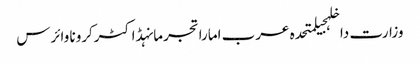
وزارت داخلہجیلمتحدہ عرب اماراتجرمانہڈاکٹرکرونا وائرس